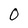
Character: 0